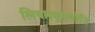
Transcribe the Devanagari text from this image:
लिया।मृगयोनि